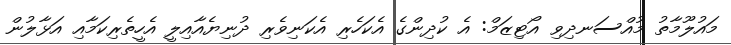
މައުލޫމާތު މުއްސަނދިވި އޯޓިޒަމް: އެ ކުދިންގެ އެކަހެރި އެކަނިވެރި ދުނިޔެއާއިލީ އެހީތެރިކަމާއި އަޅާލުން